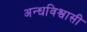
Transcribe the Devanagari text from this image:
अन्धविश्वासी